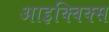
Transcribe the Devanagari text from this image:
आइक्विक्स